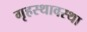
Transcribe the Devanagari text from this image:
गृहस्थावस्था